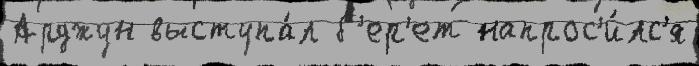
Арджун выступа́л б'ер'ет напрос'и́лс'я